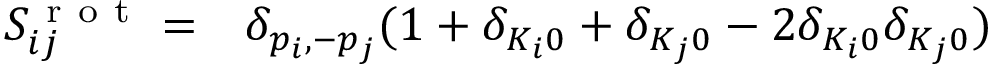
\begin{array} { r l } { S _ { i j } ^ { \mathrm { ~ r ~ o ~ t ~ } } = } & { { } \delta _ { p _ { i } , - p _ { j } } ( 1 + \delta _ { K _ { i } 0 } + \delta _ { K _ { j } 0 } - 2 \delta _ { K _ { i } 0 } \delta _ { K _ { j } 0 } ) } \end{array}